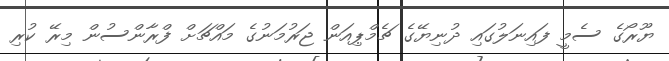
ޔޫރޯގެ ސެމީ ފައިނަލުގައި ދުނިޔޭގެ ޗެމްޕިއަން ޖަރުމަނުގެ މައްޗަށް ފްރާންސުން މިރޭ ކުރި